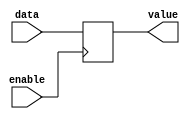
module EnableLatch (
    input data,
    input enable,
    output reg value
);

always @(posedge enable) begin
    if(enable) begin
        value <= data;
    end
end

endmodule